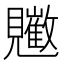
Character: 𧢠